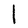
Character: l